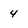
Character: 4